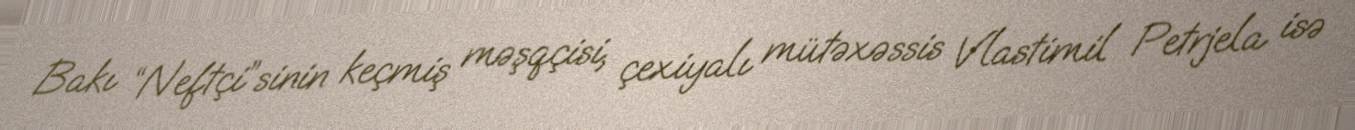
Bakı “Neftçi”sinin keçmiş məşqçisi, çexiyalı mütəxəssis Vlastimil Petrjela isə